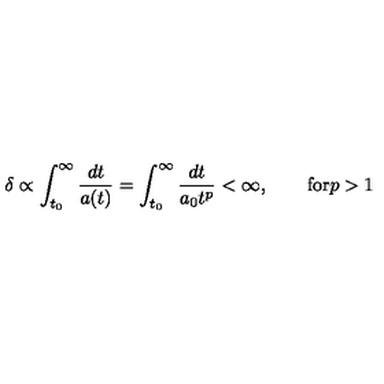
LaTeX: \delta \propto \int _ { t _ { 0 } } ^ { \infty } \frac { d t } { a ( t ) } = \int _ { t _ { 0 } } ^ { \infty } \frac { d t } { a _ { 0 } t ^ { p } } < \infty , \qquad \mathrm { f o r } p > 1